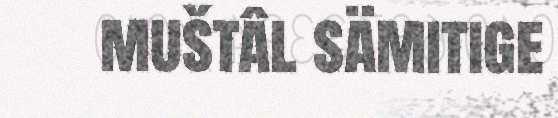
muštâl sämitige